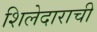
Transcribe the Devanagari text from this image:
शिलेदाराची